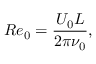
R { { e } _ { 0 } } = \frac { { { U } _ { 0 } } L } { 2 \pi { { \nu } _ { 0 } } } ,